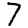
Digit: 7